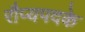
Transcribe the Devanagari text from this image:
रौप्यपदके